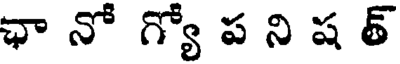
ఛా నో గ్యో ప ని ష త్